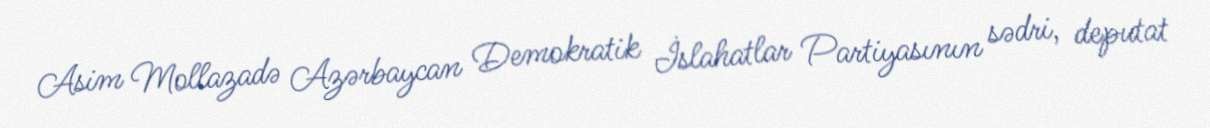
Asim Mollazadə Azərbaycan Demokratik İslahatlar Partiyasının sədri, deputat